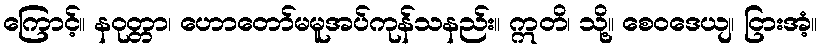
ကြောင့်။ နဝုတ္တာ၊ ဟောတော်မမူအပ်ကုန်သနည်း။ ဣတိ၊ သို့။ စေဝဒေယျ၊ ငြားအံ့။